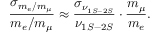
\frac { \sigma _ { m _ { e } / m _ { \mu } } } { m _ { e } / m _ { \mu } } \approx \frac { \sigma _ { \nu _ { 1 S - 2 S } } } { \nu _ { 1 S - 2 S } } \cdot \frac { m _ { \mu } } { m _ { e } } .